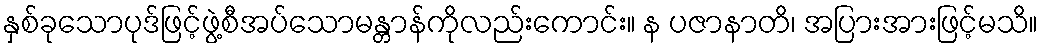
နှစ်ခုသောပုဒ်ဖြင့်ဖွဲ့စီအပ်သောမန္တာန်ကိုလည်းကောင်း။ န ပဇာနာတိ၊ အပြားအားဖြင့်မသိ။